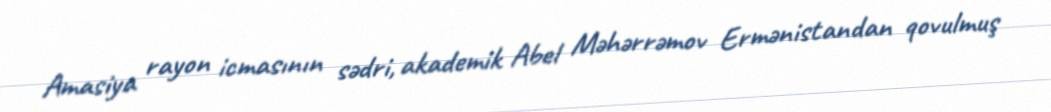
Amasiya rayon icmasının sədri, akademik Abel Məhərrəmov Ermənistandan qovulmuş